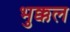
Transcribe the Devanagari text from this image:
भुक्कल